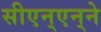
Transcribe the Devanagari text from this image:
सीएन्‌एन्‌ने